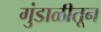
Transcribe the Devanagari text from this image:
गुंडाळीतून